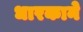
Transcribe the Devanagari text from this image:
धारकाने